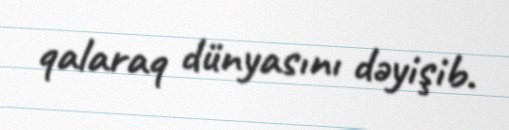
qalaraq dünyasını dəyişib.